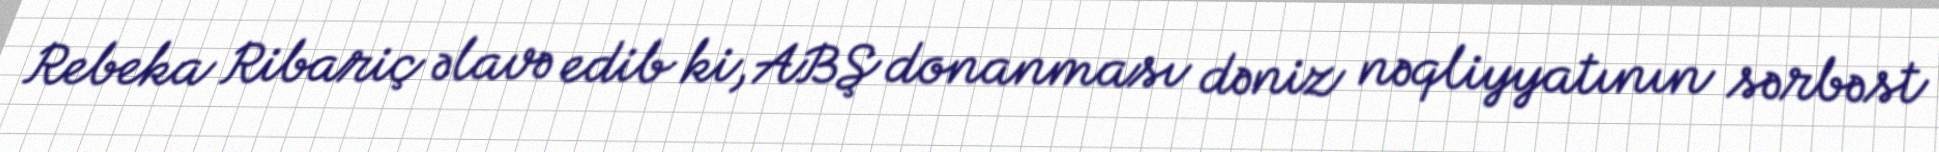
Rebeka Ribariç əlavə edib ki, ABŞ donanması dəniz nəqliyyatının sərbəst